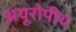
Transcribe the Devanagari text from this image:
अयूरोपीय